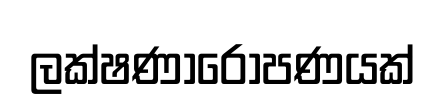
ලක්ෂණාරෝපණයක්